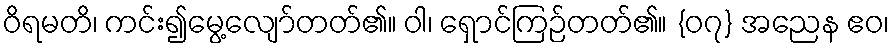
ဝိရမတိ၊ ကင်း၍မွေ့လျော်တတ်၏။ ဝါ၊ ရှောင်ကြဉ်တတ်၏။ {၀၇} အညေန ဧဝ၊